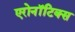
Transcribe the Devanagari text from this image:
एरोनॉटिक्‍स